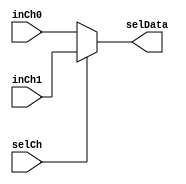
module mux (input selCh, input [31:0] inCh0, input [31:0] inCh1, output [31:0] selData);

	assign selData = selCh == 0 ? inCh0 : 
                     selCh == 1 ? inCh1 : 0;

endmodule
module mux5bits (input selCh, input [4:0] inCh0, input [4:0] inCh1, output [4:0] selData);

	assign selData = selCh == 0 ? inCh0 : 
                     selCh == 1 ? inCh1 : 0;

endmodule

module mux8bits (input selCh, input [7:0] inCh0, input [7:0] inCh1, output [7:0] selData);

	assign selData = selCh == 0 ? inCh0 : 
                     selCh == 1 ? inCh1 : 0;

endmodule